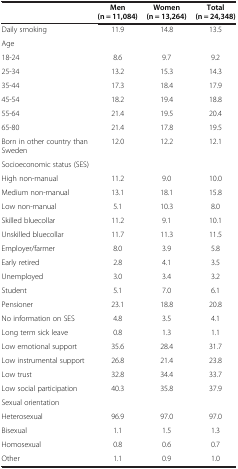
|  | Men (n = 11,084) | Women (n = 13,264) | Total (n = 24,348) |
 | --- | --- | --- | --- |
 | Daily smoking | 11.9 | 14.8 | 13.5 |
 | Age |  |  |  |
 | 18-24 | 8.6 | 9.7 | 9.2 |
 | 25-34 | 13.2 | 15.3 | 14.3 |
 | 35-44 | 17.3 | 18.4 | 17.9 |
 | 45-54 | 18.2 | 19.4 | 18.8 |
 | 55-64 | 21.4 | 19.5 | 20.4 |
 | 65-80 | 21.4 | 17.8 | 19.5 |
 | Born in other country than Sweden | 12.0 | 12.2 | 12.1 |
 | Socioeconomic status (SES) |  |  |  |
 | High non-manual | 11.2 | 9.0 | 10.0 |
 | Medium non-manual | 13.1 | 18.1 | 15.8 |
 | Low non-manual | 5.1 | 10.3 | 8.0 |
 | Skilled bluecollar | 11.2 | 9.1 | 10.1 |
 | Unskilled bluecollar | 11.7 | 11.3 | 11.5 |
 | Employer/farmer | 8.0 | 3.9 | 5.8 |
 | Early retired | 2.8 | 4.1 | 3.5 |
 | Unemployed | 3.0 | 3.4 | 3.2 |
 | Student | 5.1 | 7.0 | 6.1 |
 | Pensioner | 23.1 | 18.8 | 20.8 |
 | No information on SES | 4.8 | 3.5 | 4.1 |
 | Long term sick leave | 0.8 | 1.3 | 1.1 |
 | Low emotional support | 35.6 | 28.4 | 31.7 |
 | Low instrumental support | 26.8 | 21.4 | 23.8 |
 | Low trust | 32.8 | 34.4 | 33.7 |
 | Low social participation | 40.3 | 35.8 | 37.9 |
 | Sexual orientation |  |  |  |
 | Heterosexual | 96.9 | 97.0 | 97.0 |
 | Bisexual | 1.1 | 1.5 | 1.3 |
 | Homosexual | 0.8 | 0.6 | 0.7 |
 | Other | 1.1 | 0.9 | 1.0 |